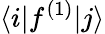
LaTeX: \langle i|f^{(1)}|j\rangle